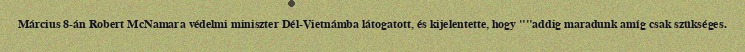
Március 8-án Robert McNamara védelmi miniszter Dél-Vietnámba látogatott, és kijelentette, hogy ""addig maradunk amíg csak szükséges.